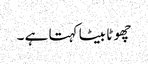
چھو ٹا بیٹا کہتا ہے ۔